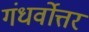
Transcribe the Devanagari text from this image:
गंधर्वोत्तर